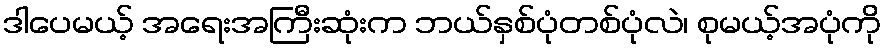
ဒါပေမယ့် အရေးအကြီးဆုံးက ဘယ်နှစ်ပုံတစ်ပုံလဲ၊ စုမယ့်အပုံကို